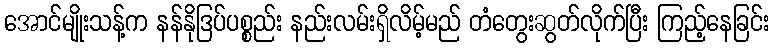
အောင်မျိုးသန့်က နန်နိုဒြပ်ပစ္စည်း နည်းလမ်းရှိလိမ့်မည် တံတွေးဆွတ်လိုက်ပြီး ကြည့်နေခြင်း